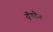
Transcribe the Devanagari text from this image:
ऍनडेन